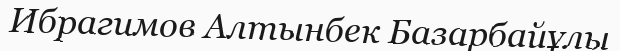
Ибрагимов Алтынбек Базарбайұлы